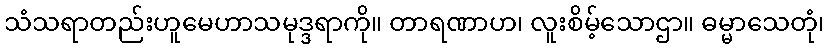
သံသရာတည်းဟူမေဟာသမုဒ္ဒရာကို။ တာရဏာဟ၊ လူးစိမ့်သောဌာ။ ဓမ္မာသေတုံ၊